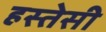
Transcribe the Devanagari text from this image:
हस्तेसी